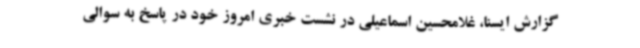
گزارش ایسنا، غلامحسین اسماعیلی در نشست خبری امروز خود در پاسخ به سوالی